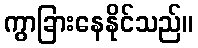
ကွာခြားနေနိုင်သည်။